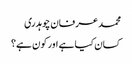
محمد عرفان چوہدری
کسان کیا ہے اور کون ہے؟